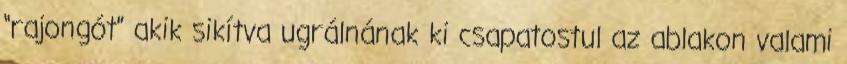
“rajongót” akik sikítva ugrálnának ki csapatostul az ablakon valami